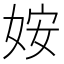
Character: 姲